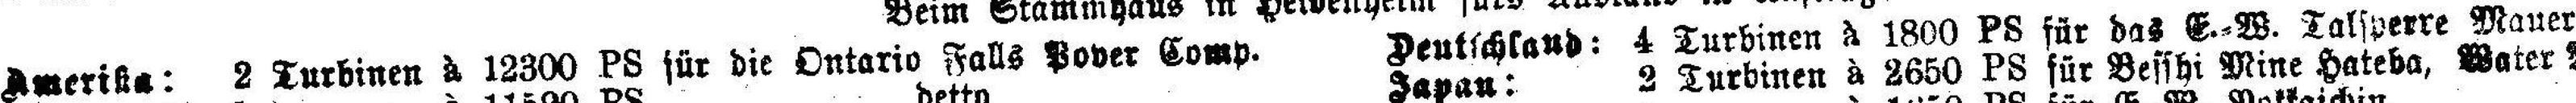
Amerika: 2 Turbinen à 12300 PS für die Ontario Falls Pover Comp. Deutschland; 4 Turbinen à 1800 PS für das E.=W. Talsperre Mauer